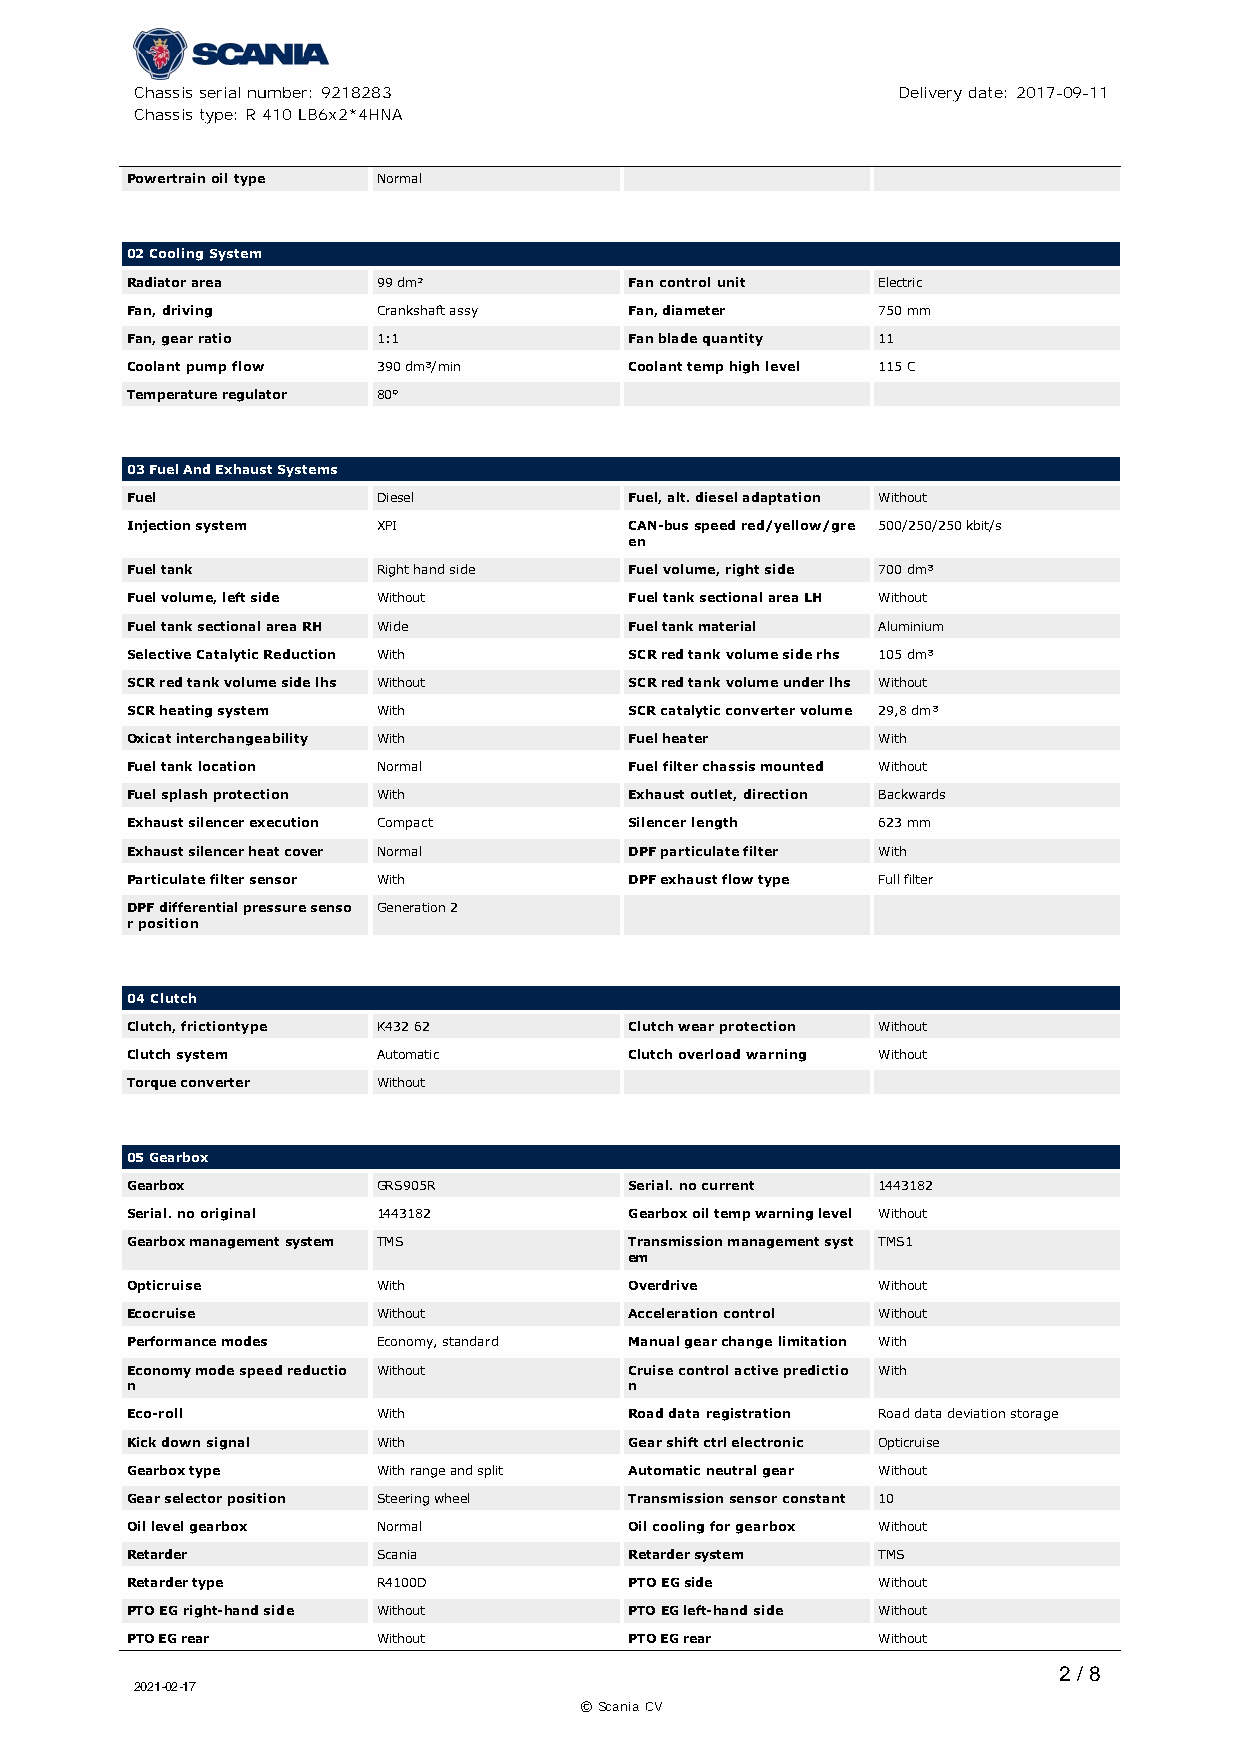
Chassis serial number: 9218283                    Delivery date: 2017-09-11
 Chassis type: R 410 LB6x2*4HNA
 Powertrain oil type Normal
 02 Cooling System
 Radiator area    99 dm²           Fan control unit Electric
 Fan, driving     Crankshaft assy  Fan, diameter   750 mm
 Fan, gear ratio  1:1              Fan blade quantity 11
 Coolant pump flow 390 dm³/min     Coolant temp high level 115 C
 Temperature regulator 80°
 03 Fuel And Exhaust Systems
 Fuel             Diesel           Fuel, alt. diesel adaptation Without
 Injection system XPI              CAN­bus speed red/yellow/gre 500/250/250 kbit/s
 en
 Fuel tank        Right hand side  Fuel volume, right side 700 dm³
 Fuel volume, left side Without    Fuel tank sectional area LH Without
 Fuel tank sectional area RH Wide  Fuel tank material Aluminium
 Selective Catalytic Reduction With SCR red tank volume side rhs 105 dm³
 SCR red tank volume side lhs Without SCR red tank volume under lhs Without
 SCR heating system With           SCR catalytic converter volume 29,8 dm³
 Oxicat interchangeability With    Fuel heater     With
 Fuel tank location Normal         Fuel filter chassis mounted Without
 Fuel splash protection With       Exhaust outlet, direction Backwards
 Exhaust silencer execution Compact Silencer length 623 mm
 Exhaust silencer heat cover Normal DPF particulate filter With
 Particulate filter sensor With    DPF exhaust flow type Full filter
 DPF differential pressure senso Generation 2
 r position
 04 Clutch
 Clutch, frictiontype K432 62      Clutch wear protection Without
 Clutch system    Automatic        Clutch overload warning Without
 Torque converter Without
 05 Gearbox
 Gearbox          GRS905R          Serial. no current 1443182
 Serial. no original 1443182       Gearbox oil temp warning level Without
 Gearbox management system TMS     Transmission management syst TMS1
 em
 Opticruise       With             Overdrive       Without
 Ecocruise        Without          Acceleration control Without
 Performance modes Economy, standard Manual gear change limitation With
 Economy mode speed reductio Without Cruise control active predictio With
 n                                 n
 Eco­roll         With             Road data registration Road data deviation storage
 Kick down signal With             Gear shift ctrl electronic Opticruise
 Gearbox type     With range and split Automatic neutral gear Without
 Gear selector position Steering wheel Transmission sensor constant 10
 Oil level gearbox Normal          Oil cooling for gearbox Without
 Retarder         Scania           Retarder system TMS
 Retarder type    R4100D           PTO EG side     Without
 PTO EG right­hand side Without    PTO EG left­hand side Without
 PTO EG rear      Without          PTO EG rear     Without
 2 / 8
 2021-02-17
 © Scania CV